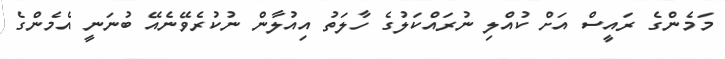
މަމެންގެ ރައީސް އަށް ކުއްލި ނުރައްކަލުގެ ހާލަތު އިއުލާން ނުކުރެވޭނެއޭ ބުނަނީ އެމެންގެ